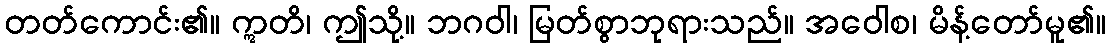
တတ်ကောင်း၏။ ဣတိ၊ ဤသို့။ ဘဂဝါ၊ မြတ်စွာဘုရားသည်။ အဝေါစ၊ မိန့်တော်မူ၏။